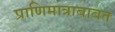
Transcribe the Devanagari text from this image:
प्राणिमात्राबाबत